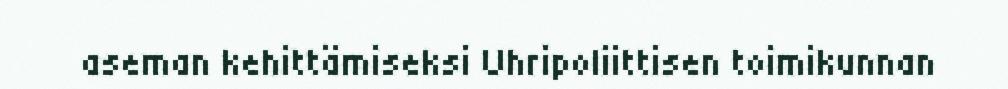
aseman kehittämiseksi Uhripoliittisen toimikunnan